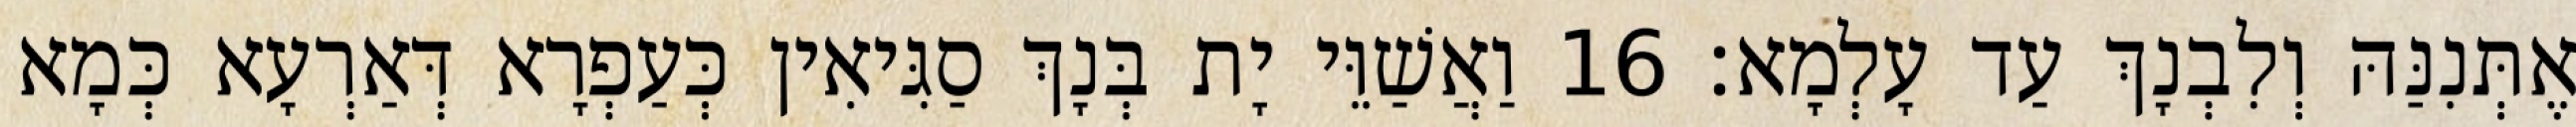
אֶתְּנִנַּהּ וְלִבְנָךְ עַד עָלְמָא׃ 16 וַאֲשַׁוֵּי יָת בְּנָךְ סַגִּיאִין כְּעַפְרָא דְּאַרְעָא כְּמָא